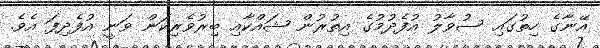
އޭނާގެ ހިތުގައި ސުވާލު އުފެދުމުގެ އިތުރުން ޝައްކާއި ބިރުވެރިކަން ވަނީ އުފެދިފަ އެވެ.